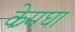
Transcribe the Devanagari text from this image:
केमघा